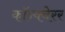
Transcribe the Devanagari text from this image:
कॉन्क्वेरर